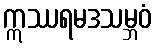
ဣဿရမဒသမ္ဘဝံ